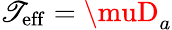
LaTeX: \mathscr{T}_{\mathrm{{eff}}}=\muD_{a}